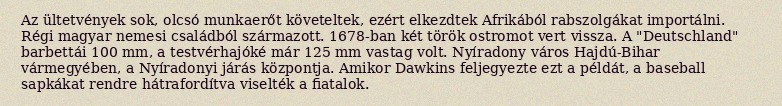
Az ültetvények sok, olcsó munkaerőt követeltek, ezért elkezdtek Afrikából rabszolgákat importálni. Régi magyar nemesi családból származott. 1678-ban két török ostromot vert vissza. A "Deutschland" barbettái 100 mm, a testvérhajóké már 125 mm vastag volt. Nyíradony város Hajdú-Bihar vármegyében, a Nyíradonyi járás központja. Amikor Dawkins feljegyezte ezt a példát, a baseball sapkákat rendre hátrafordítva viselték a fiatalok.